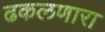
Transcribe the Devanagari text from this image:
ढकलणारा